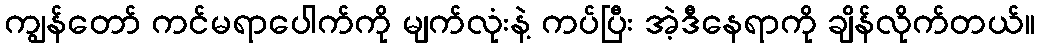
ကျွန်တော် ကင်မရာပေါက်ကို မျက်လုံးနဲ့ ကပ်ပြီး အဲ့ဒီနေရာကို ချိန်လိုက်တယ်။